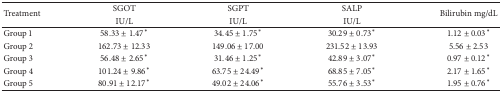
| <ROWSPAN=2> Treatment | SGOT | SGPT | SALP | <ROWSPAN=2> Bilirubin mg/dL |
 | IU/L | IU/L | IU/L |
 | --- | --- | --- | --- | --- |
 | Group 1 | 58.33 ± 1.47* | 34.45 ± 1.75* | 30.29 ± 0.73* | 1.12 ± 0.03* |
 | Group 2 | 162.73 ± 12.33 | 149.06 ± 17.00 | 231.52 ± 13.93 | 5.56 ± 2.53 |
 | Group 3 | 56.48 ± 2.65* | 31.46 ± 1.25* | 42.89 ± 3.07* | 0.97 ± 0.12* |
 | Group 4 | 101.24 ± 9.86* | 63.75 ± 24.49* | 68.85 ± 7.05* | 2.17 ± 1.65* |
 | Group 5 | 80.91 ± 12.17* | 49.02 ± 24.06* | 55.76 ± 3.53* | 1.95 ± 0.76* |